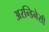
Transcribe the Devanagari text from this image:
अरन्डिनेसी